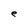
Character: e